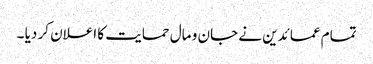
تمام عمائدین نے جان و مال حمایت کا اعلان کر دیا ۔